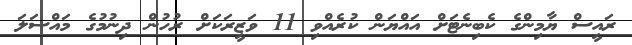
ރައީސް ޔާމިންގެ ކެބިނެޓަށް އައްޔަން ކުރެއްވި 11 ވަޒީރަކަށް ރުހުން ދިނުމުގެ މައްސަލަ